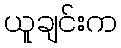
ယူချင်းက